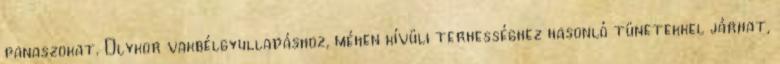
panaszokat. Olykor vakbélgyulladáshoz, méhen kívüli terhességhez hasonló tünetekkel járhat,